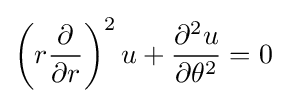
\left(r{\frac {\partial }{\partial r}}\right)^{2}u+{\frac {\partial ^{2}u}{\partial \theta ^{2}}}=0